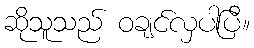
ဆိုသူသည် ဝချင်လှပါပြီ။